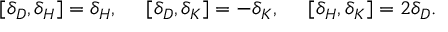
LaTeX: [ \delta _ { D } , \delta _ { H } ] = \delta _ { H } , \ \ \ \ [ \delta _ { D } , \delta _ { K } ] = - \delta _ { K } , \ \ \ \ [ \delta _ { H } , \delta _ { K } ] = 2 \delta _ { D } .